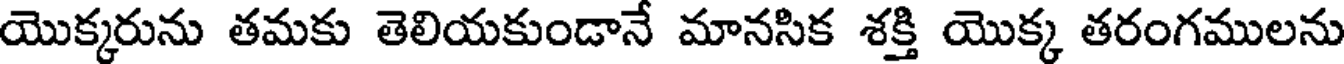
యొక్కరును తమకు తెలియకుండానే మానసిక శక్తి యొక్క తరంగములను